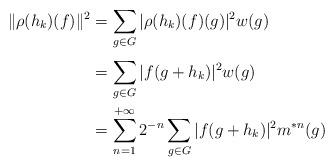
LaTeX: \begin{align*}\Vert \rho(h_k)(f)\Vert^2 &=\sum_{g\in G}^{}\vert \rho(h_k)(f)(g)\vert^2 w(g)\\ &=\sum_{g\in G}^{}\vert f(g+h_k)\vert^2 w(g)\\&=\sum_{n=1}^{+\infty}2^{-n}\sum_{g\in G}^{}\vert f(g+h_k)\vert^2 m^{\ast n}(g)\end{align*}